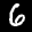
Label: 6